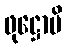
ဖုဋ္ဌောပိ